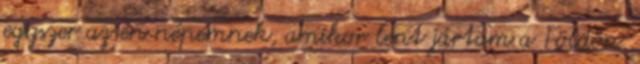
egyszer az én népemnek, amikor lent jártam a Földön.